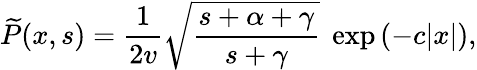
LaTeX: {\widetilde P}(x,s)=\frac{1}{2v}\sqrt{\frac{s+\alpha+\gamma}{s+\gamma}}\ \exp{\left(-c|x|\right)},